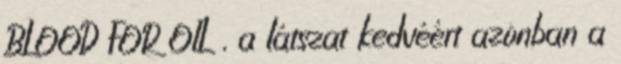
BLOOD FOR OIL , a látszat kedvéért azonban a